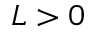
L > 0